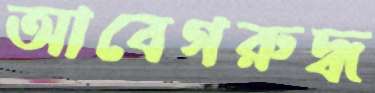
আবেগরুদ্ধ